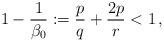
LaTeX: \begin{align*} 1-\frac1{\beta_0}:=\frac{p}{q} + \frac{2p}{r} <1\,,\end{align*}